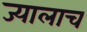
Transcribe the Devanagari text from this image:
ज्यालाच